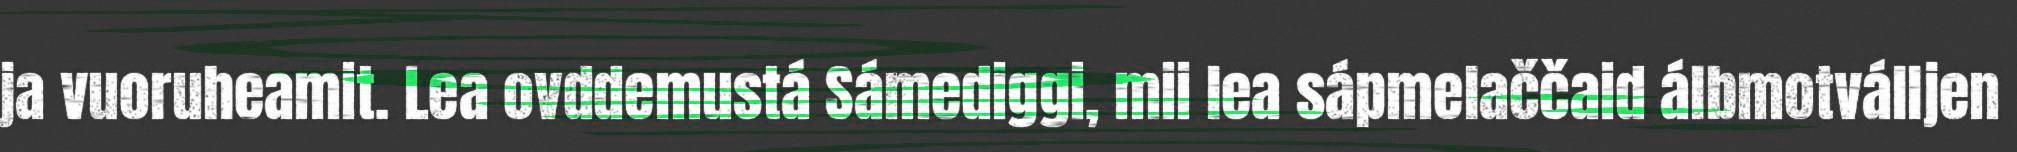
ja vuoruheamit. Lea ovddemustá Sámediggi, mii lea sápmelaččaid álbmotválljen